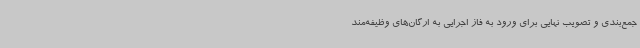
جمع‌بندی و تصویب نهایی برای ورود به فاز اجرایی به ارگان‌های وظیفه‌مند